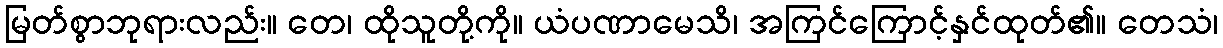
မြတ်စွာဘုရားလည်း။ တေ၊ ထိုသူတို့ကို။ ယံပဏာမေသိ၊ အကြင်ကြောင့်နှင်ထုတ်၏။ တေသံ၊